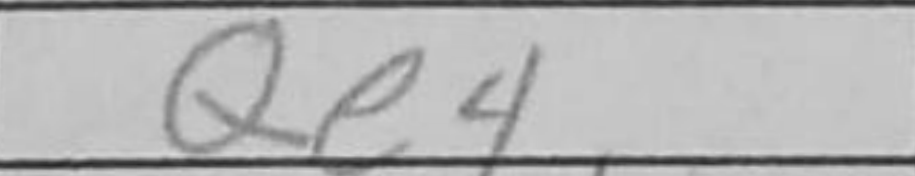
Transcription: Qe4